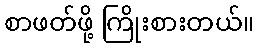
စာဖတ်ဖို့ ကြိုးစားတယ်။